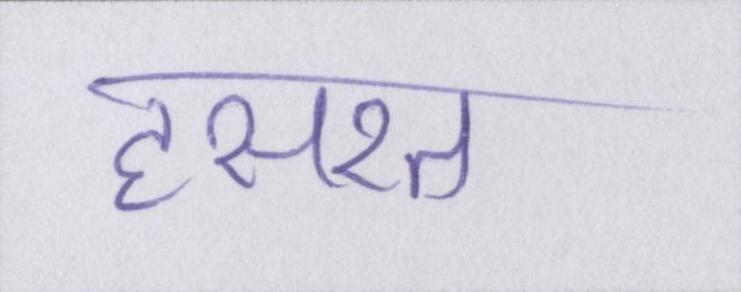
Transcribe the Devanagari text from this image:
हसरत